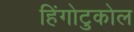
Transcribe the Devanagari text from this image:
हिंगोटुकोल